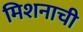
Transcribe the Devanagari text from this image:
मिशनाची